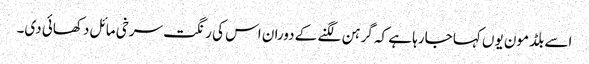
اسے بلڈ مون یوں کہا جارہا ہے کہ گرہن لگنے کے دوران اس کی رنگت سرخی مائل دکھائی دی۔